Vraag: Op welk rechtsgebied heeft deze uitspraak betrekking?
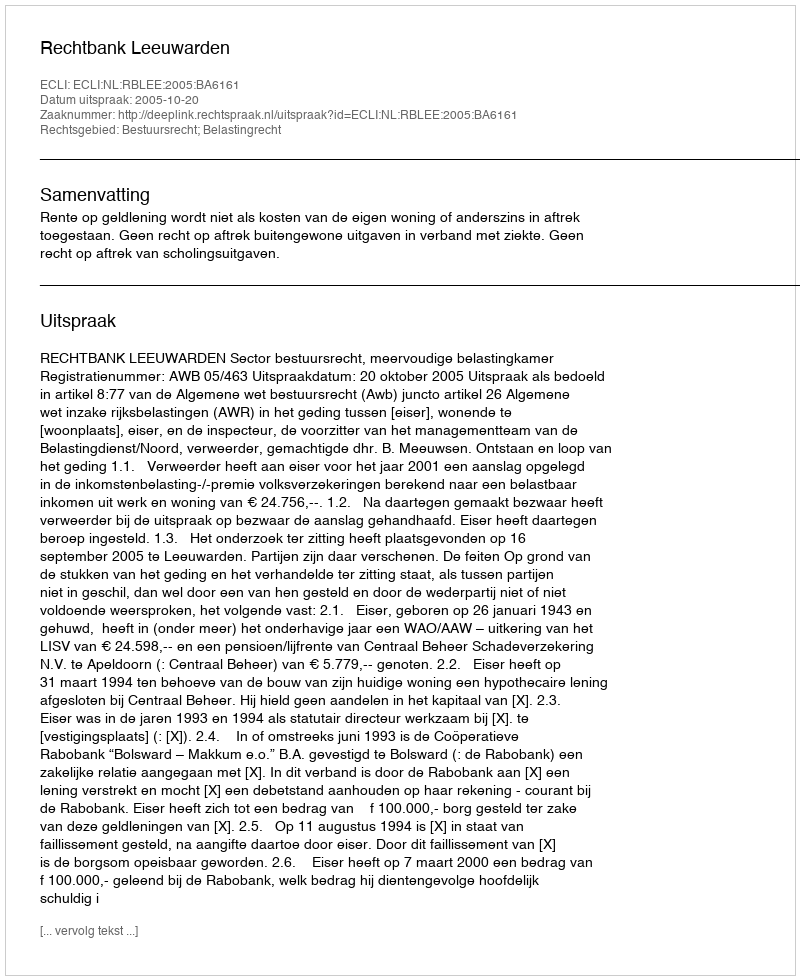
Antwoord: Bestuursrecht; Belastingrecht